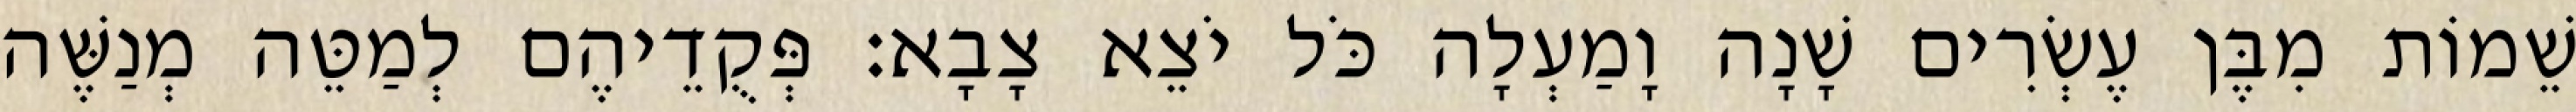
שֵׁמוֹת מִבֶּן עֶשְׂרִים שָׁנָה וָמַעְלָה כֹּל יֹצֵא צָבָא׃ פְּקֻדֵיהֶם לְמַטֵּה מְנַשֶּׁה